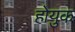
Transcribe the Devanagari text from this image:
होयुक